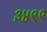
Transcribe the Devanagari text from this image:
३४९९